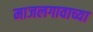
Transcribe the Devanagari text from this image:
माजलगावाच्या